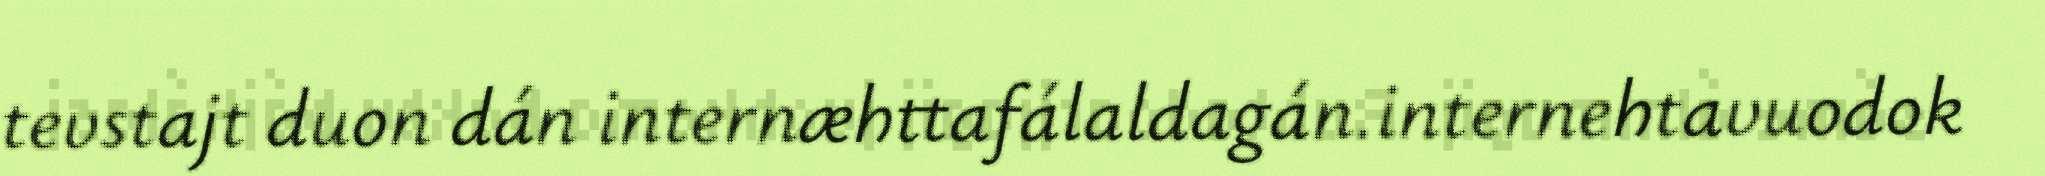
tevstajt duon dán internæhttafálaldagán.internehtavuodok